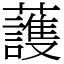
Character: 䕶